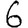
Digit: 6